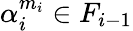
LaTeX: \alpha_{i}^{m_{i}}\in F_{i-1}